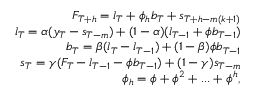
\begin{array} { r } { F _ { T + h } = l _ { T } + \phi _ { h } b _ { T } + s _ { T + h - m ( k + 1 ) } } \\ { l _ { T } = \alpha ( y _ { T } - s _ { T - m } ) + ( 1 - \alpha ) ( l _ { T - 1 } + \phi b _ { T - 1 } ) } \\ { b _ { T } = \beta ( l _ { T } - l _ { T - 1 } ) + ( 1 - \beta ) \phi b _ { T - 1 } } \\ { s _ { T } = \gamma ( F _ { T } - l _ { T - 1 } - \phi b _ { T - 1 } ) + ( 1 - \gamma ) s _ { T - m } } \\ { \phi _ { h } = \phi + \phi ^ { 2 } + . . . + \phi ^ { h } , } \end{array}